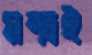
মন্ত্রই